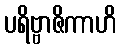
ပရိဗ္ဗာဇိကာဟိ